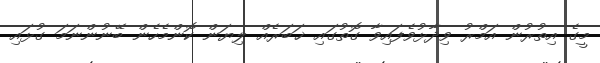
މީގެ އިތުރުން އަމްރު ވިދާޅުވެފައިވާ ގޮތުގައި ޚަބަރެއް ލިޔަން ކޮންމެހެން ބޭނުންނަމަ ގުޅައި